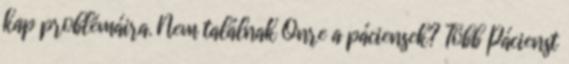
kap problémáira. Nem találnak Önre a páciensek? Több Pácienst